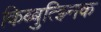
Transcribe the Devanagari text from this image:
किब्बुत्झ्निक